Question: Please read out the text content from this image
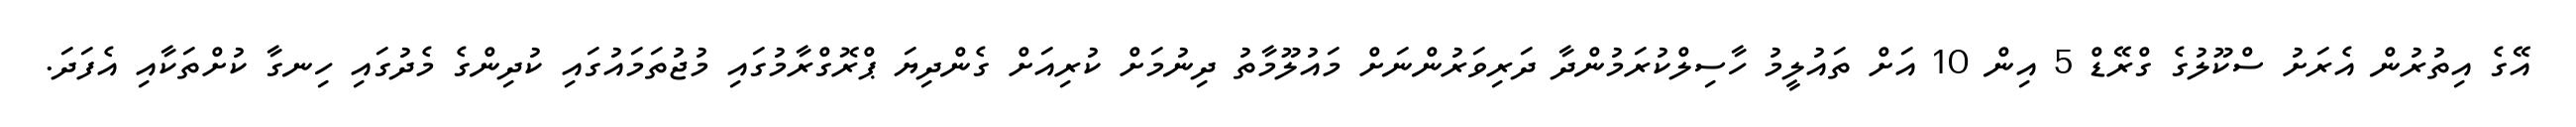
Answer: އޭގެ އިތުރުން އެރަށު ސްކޫލުގެ ގްރޭޑް 5 އިން 10 އަށް ތައުލީމު ހާސިލްކުރަމުންދާ ދަރިވަރުންނަށް މައުލޫމާތު ދިނުމަށް ކުރިއަށް ގެންދިޔަ ޕްރޮގްރާމުގައި މުޖުތަމައުގައި ކުދިންގެ މެދުގައި ހިނގާ ކުށްތަކާއި އެފަދަ.